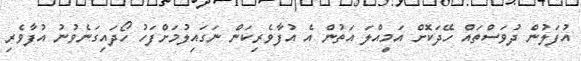
އުފަލުން ދުވަސްތައް ހޭދަކޮށް އަމިއްލަ އަތުން އެ އުފާވެރިކަން ނަގައިލުމަށްފަހު ހޯދައިގަނެވުނު އުފާވެރި